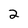
Character: 2